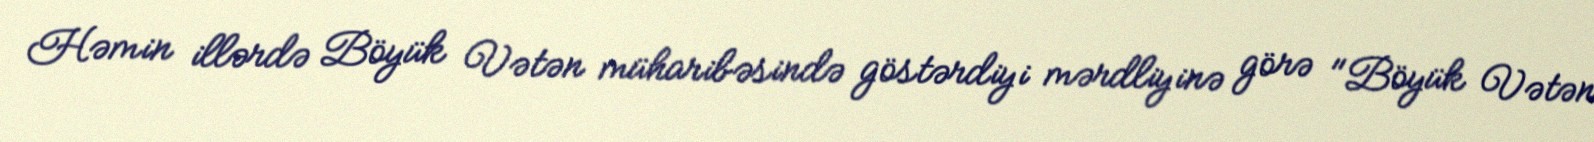
Həmin illərdə Böyük Vətən müharibəsində göstərdiyi mərdliyinə görə "Böyük Vətən